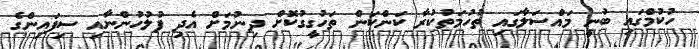
ހުކުމްގައި ބުނީ މައްސަލާގައި ތުހުމަތުކުރާ ކަންކަން ތަހުގީގުކޮށް ދިނުމަށް އެދި ފުލުހުންނާއި ސިފައިންގެ